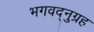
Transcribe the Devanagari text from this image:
भगवद्नुग्रह